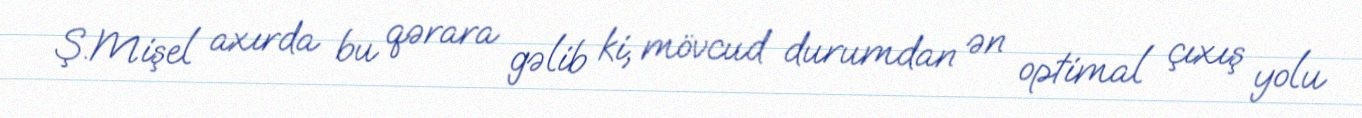
Ş.Mişel axırda bu qərara gəlib ki, mövcud durumdan ən optimal çıxış yolu